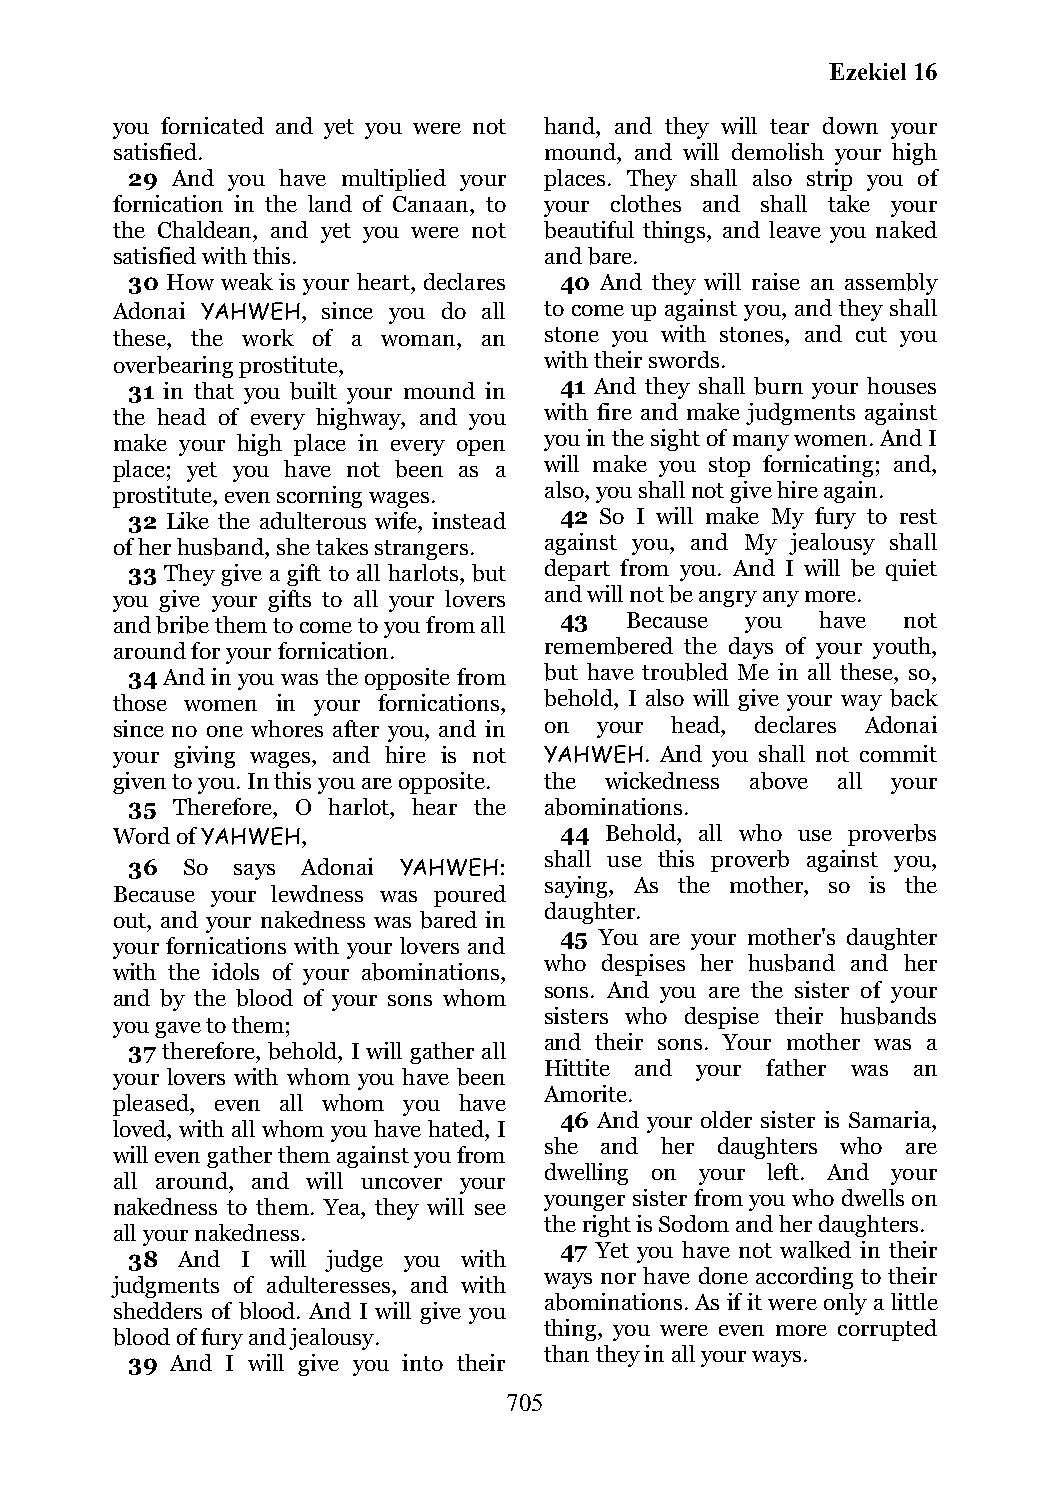
Ezekiel 16
 you fornicated and yet you were not hand, and they will tear down your
 satisfied.                   mound, and will demolish your high
 29 And you have multiplied your places. They shall also strip you of
 fornication in the land of Canaan, to your clothes and shall take your
 the Chaldean, and yet you were not beautiful things, and leave you naked
 satisfied with this.         and bare.
 30 How weak is your heart, declares 40 And they will raise an assembly
 Adonai YAHWEH, since you do all to come up against you, and they shall
 these, the work of a woman, an stone you with stones, and cut you
 overbearing prostitute,      with their swords.
 31 in that you built your mound in 41 And they shall burn your houses
 the head of every highway, and you with fire and make judgments against
 make your high place in every open you in the sight of many women. And I
 place; yet you have not been as a will make you stop fornicating; and,
 prostitute, even scorning wages. also, you shall not give hire again.
 32 Like the adulterous wife, instead 42 So I will make My fury to rest
 of her husband, she takes strangers. against you, and My jealousy shall
 33 They give a gift to all harlots, but depart from you. And I will be quiet
 you give your gifts to all your lovers and will not be angry any more.
 and bribe them to come to you from all 43 Because you have not
 around for your fornication. remembered the days of your youth,
 34 And in you was the opposite from but have troubled Me in all these, so,
 those women in your fornications, behold, I also will give your way back
 since no one whores after you, and in on your head, declares Adonai
 your giving wages, and hire is not YAHWEH. And you shall not commit
 given to you. In this you are opposite. the wickedness above all your
 35 Therefore, O harlot, hear the abominations.
 Word of YAHWEH,               44 Behold, all who use proverbs
 shall use this proverb against you,
 36  So says Adonai YAHWEH:
 saying, As the mother, so is the
 Because your lewdness was poured
 daughter.
 out, and your nakedness was bared in
 45 You are your mother's daughter
 your fornications with your lovers and
 who despises her husband and her
 with the idols of your abominations,
 sons. And you are the sister of your
 and by the blood of your sons whom
 sisters who despise their husbands
 you gave to them;
 and their sons. Your mother was a
 37 therefore, behold, I will gather all
 Hittite and your father was an
 your lovers with whom you have been
 Amorite.
 pleased, even all whom you have
 46 And your older sister is Samaria,
 loved, with all whom you have hated, I
 she and her daughters who are
 will even gather them against you from
 dwelling on your left. And your
 all around, and will uncover your
 younger sister from you who dwells on
 nakedness to them. Yea, they will see
 the right is Sodom and her daughters.
 all your nakedness.
 47 Yet you have not walked in their
 38  And I will judge you with
 ways nor have done according to their
 judgments of adulteresses, and with
 abominations. As if it were only a little
 shedders of blood. And I will give you
 thing, you were even more corrupted
 blood of fury and jealousy.
 than they in all your ways.
 39 And I will give you into their
 705